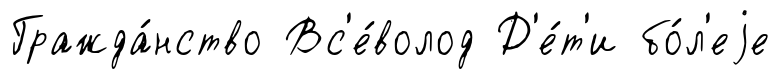
Гражда́нство Вс'е́волод Д'е́т'и бо́л'еjе